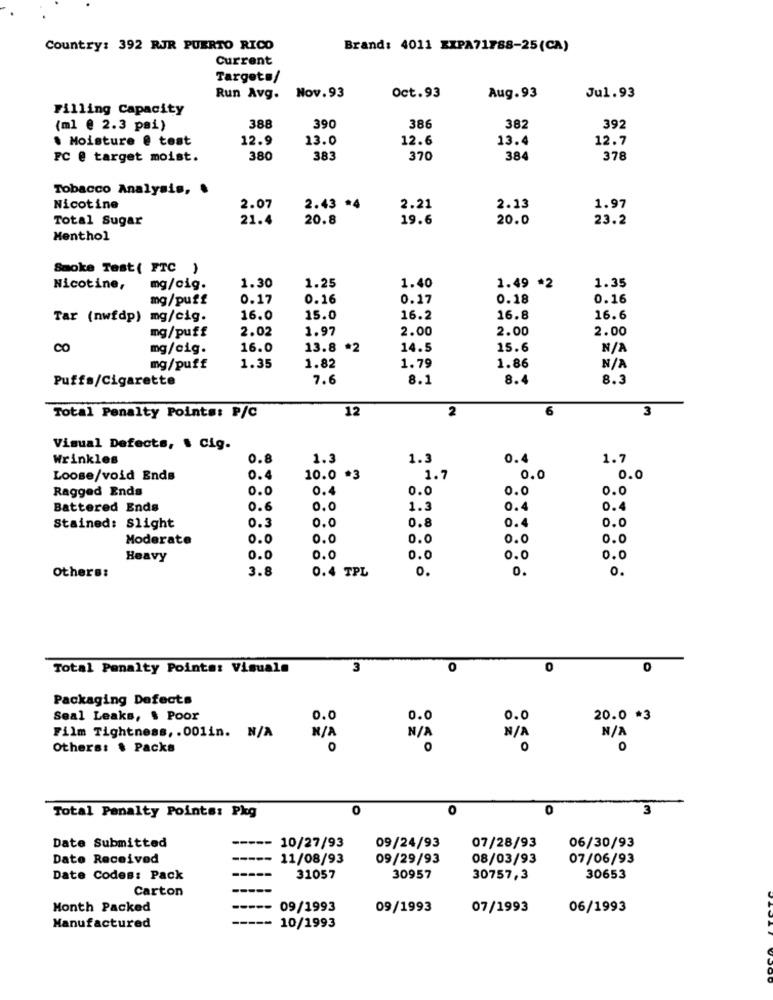
Country: 392 RJR PUERTO RICO
Brand: 4011 EXPA71788-25(CA)
Current
Targeta/
Oct.93
Jul.93
Run Avg. Nov.93
Aug.93
Filling Capacity
(ml @ 2.3 pai)
388
390
386
382
392
. Moisture @ test
12.9
13.0
12.6
13.4
12.7
FC @ target moist.
380
383
370
384
378
Tobacco Analysis, .
Nicotine
2.07
2.43 *4
2.21
2.13
1.97
Total Sugar
21.4
20.8
19.6
20.0
23.2
Menthol
Smoke Test( FTC )
1.35
Nicotine,
mg/cig.
1.30
1.25
1.40
1.49 *2
mg/puff
0.17
0.16
0.17
0.18
0.16
Tar (nwfdp) mg/cig.
16.0
15.0
16.2
16.8
16.6
2.02
1.97
2.00
2.00
2.00
mg/puff
CO
mg/cig.
16.0
13.8 *2
14.5
15.6
mg/puff
1.35
1.82
1.79
1.86
Puffa/Cigarette
7.6
8.1
8.4
8.3
12
2
6
3
Total Penalty Points: P/C
Visual Defects, . Cig.
Wrinkles
0.8
1.3
1.3
0.4
1.7
Loose/void Ends
0.4
10.0 *
1.7
0.0
0.0
Ragged Ends
0.0
0.4
0.0
0.0
0.0
Battered Ends
0.6
0.0
1.3
0.4
0.4
0.8
0.4
Stained: Slight
0.3
0.0
0.0
Moderate
0.0
0.0
0.0
0.0
0.0
Heavy
0.0
0.0
0.0
0.0
0.0
3.8
0.4 TPL
0.
0.
0.
Others:
Total Penalty Points: Visuala
3
0
0
0
Packaging Defects
Seal Leaks, $ Poor
0.0
0.0
0.0
20.0 *3
Film Tightness, . 001in. N/A
Others: $ Packs
O
O
0
0
0
0
0
3
Total Penalty Points: Pkg
Date Submitted
10/27/93
09/24/93
07/28/93
06/30/93
Date Received
11/08/93
09/29/93
08/03/93
07/06/93
Date Codes: Pack
31057
30957
30757,3
30653
Carton
Month Packed
09/1993
09/1993
07/1993
06/1993
Manufactured
10/1993